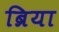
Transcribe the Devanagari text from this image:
ब्रिया